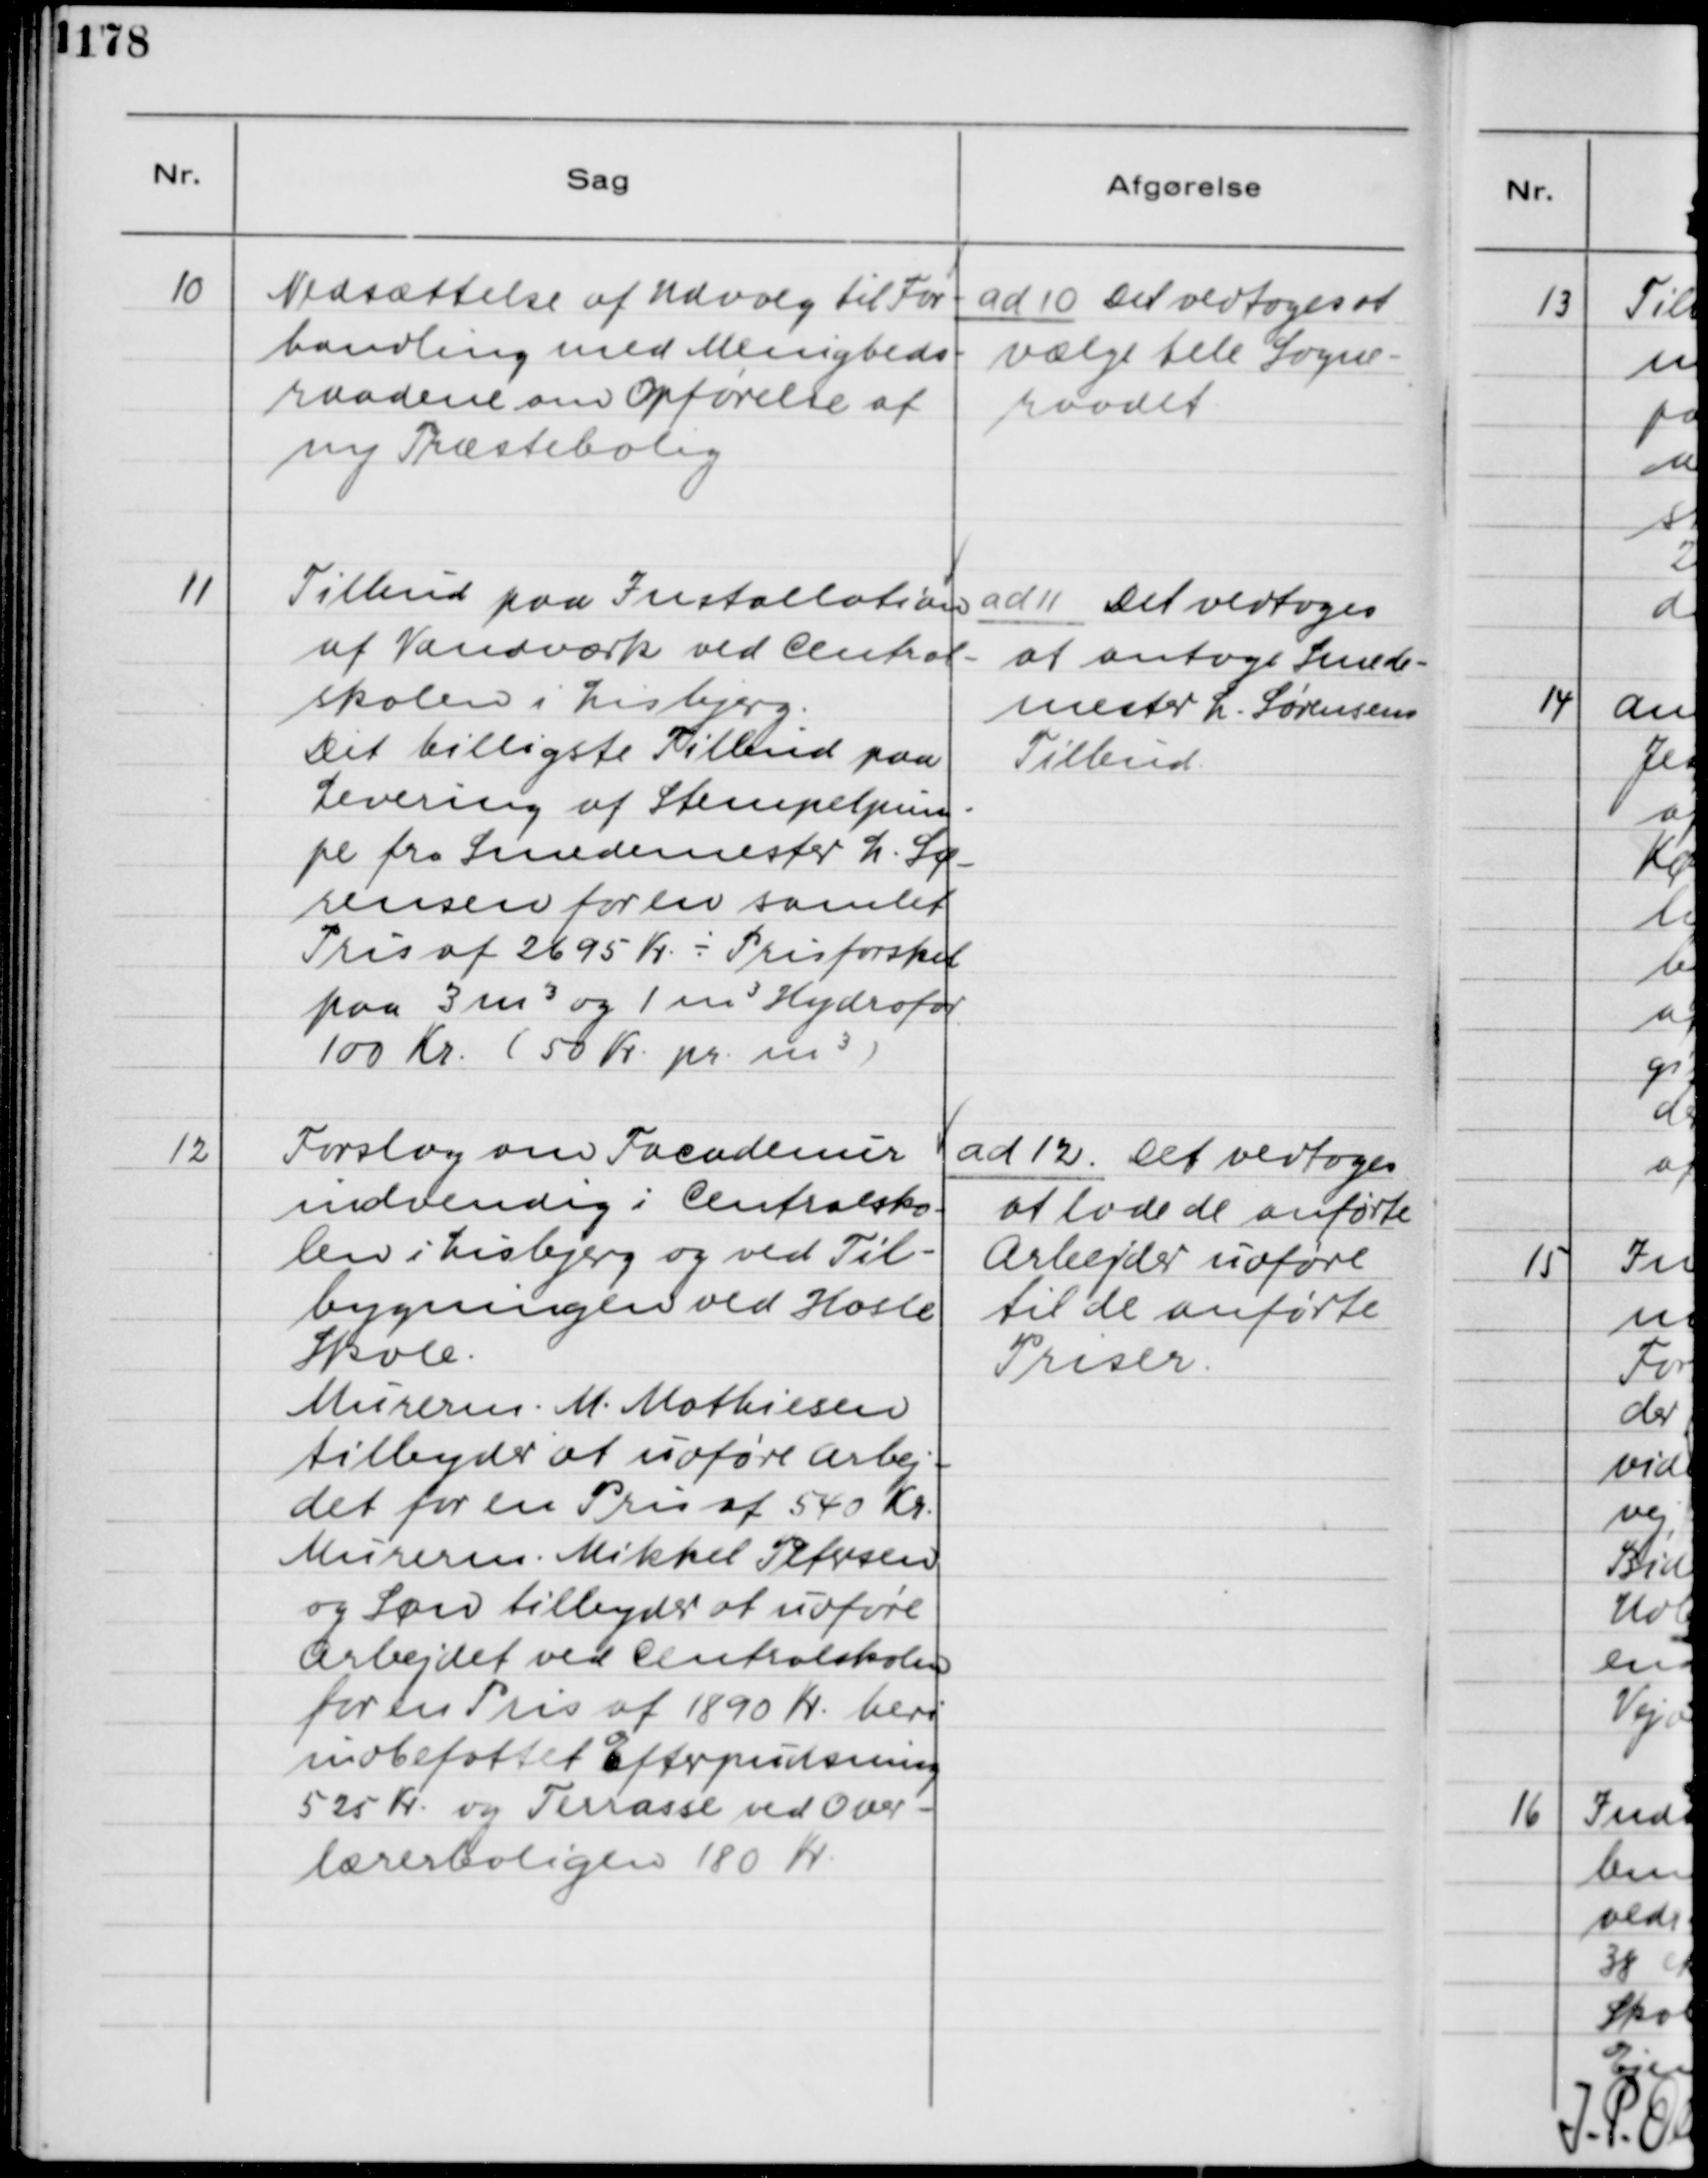
Transskription:
10
Nedsættelse af Udvalg til For-
handling med Menigheds-
raadene om Opførelse af
ny Præstebolig

ad 10. Det vedtoges at
vælge hele Sogne-
raadet

11
Tilbud paa Installation
af Vandværk ved Central-
skolen i Lisbjerg.
Det billigste Tilbud paa
Levering af Stempelpum-
pe fra Smedemester L. Sø-
rensen for en samlet
Pris af 2695 Kr - Prisforskel
paa 3 m3 og 1 m3 Hydrofol
100 Kr. (50 Kr. pr. m3)

ad 11. Det vedtoges
at antage Smede-
mester L. Sørensens
Tilbud

12
Forslag om Facademur
indvendig i Centralsko-
len i Lisbjerg og ved Til-
bygningen ved Hasle
Skole.
Murerm. M. Mathiesen
tilbyder at udføre arbej-
det for en Pris af 540 Kr..
Murerm. Mikkel Petersen
og Søn tilbyder at udføre
Arbejdet ved Cenralskolen
for en Pris af 1890 Kr. heri
indbefattet Efterpudsning
525 Kr. og Terasse ved Over-
lærerboligen 180 Kr.

ad 12. Det vedtoges
at lade de anførte
Arbejder udføre
til de anførte
Priser.